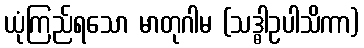
ယုံကြည်ရသော မာတုဂါမ (သဒ္ဓါဥပါသိကာ)